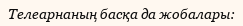
Телеарнаның басқа да жобалары: